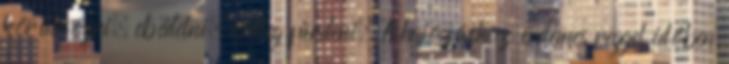
körülnézni, ebédelni, esetleg fürdeni. A hajózáshoz érdemes reggel időben